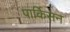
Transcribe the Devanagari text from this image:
पार्किसन